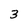
Character: 3